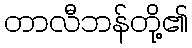
တာလီဘန်တို့၏